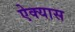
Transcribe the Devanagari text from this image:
ऐक्यास